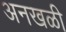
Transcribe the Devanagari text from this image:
अनखळी